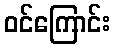
ဝင်ကြောင်း